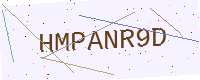
Text: HMPANR9D